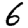
Digit: 6